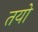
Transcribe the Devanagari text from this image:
तयो